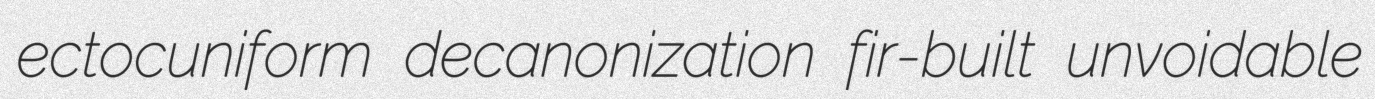
ectocuniform decanonization fir-built unvoidable